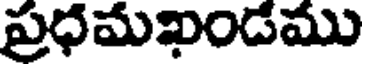
ప్రధమఖండము